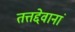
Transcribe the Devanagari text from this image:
तत्तद्देवानां